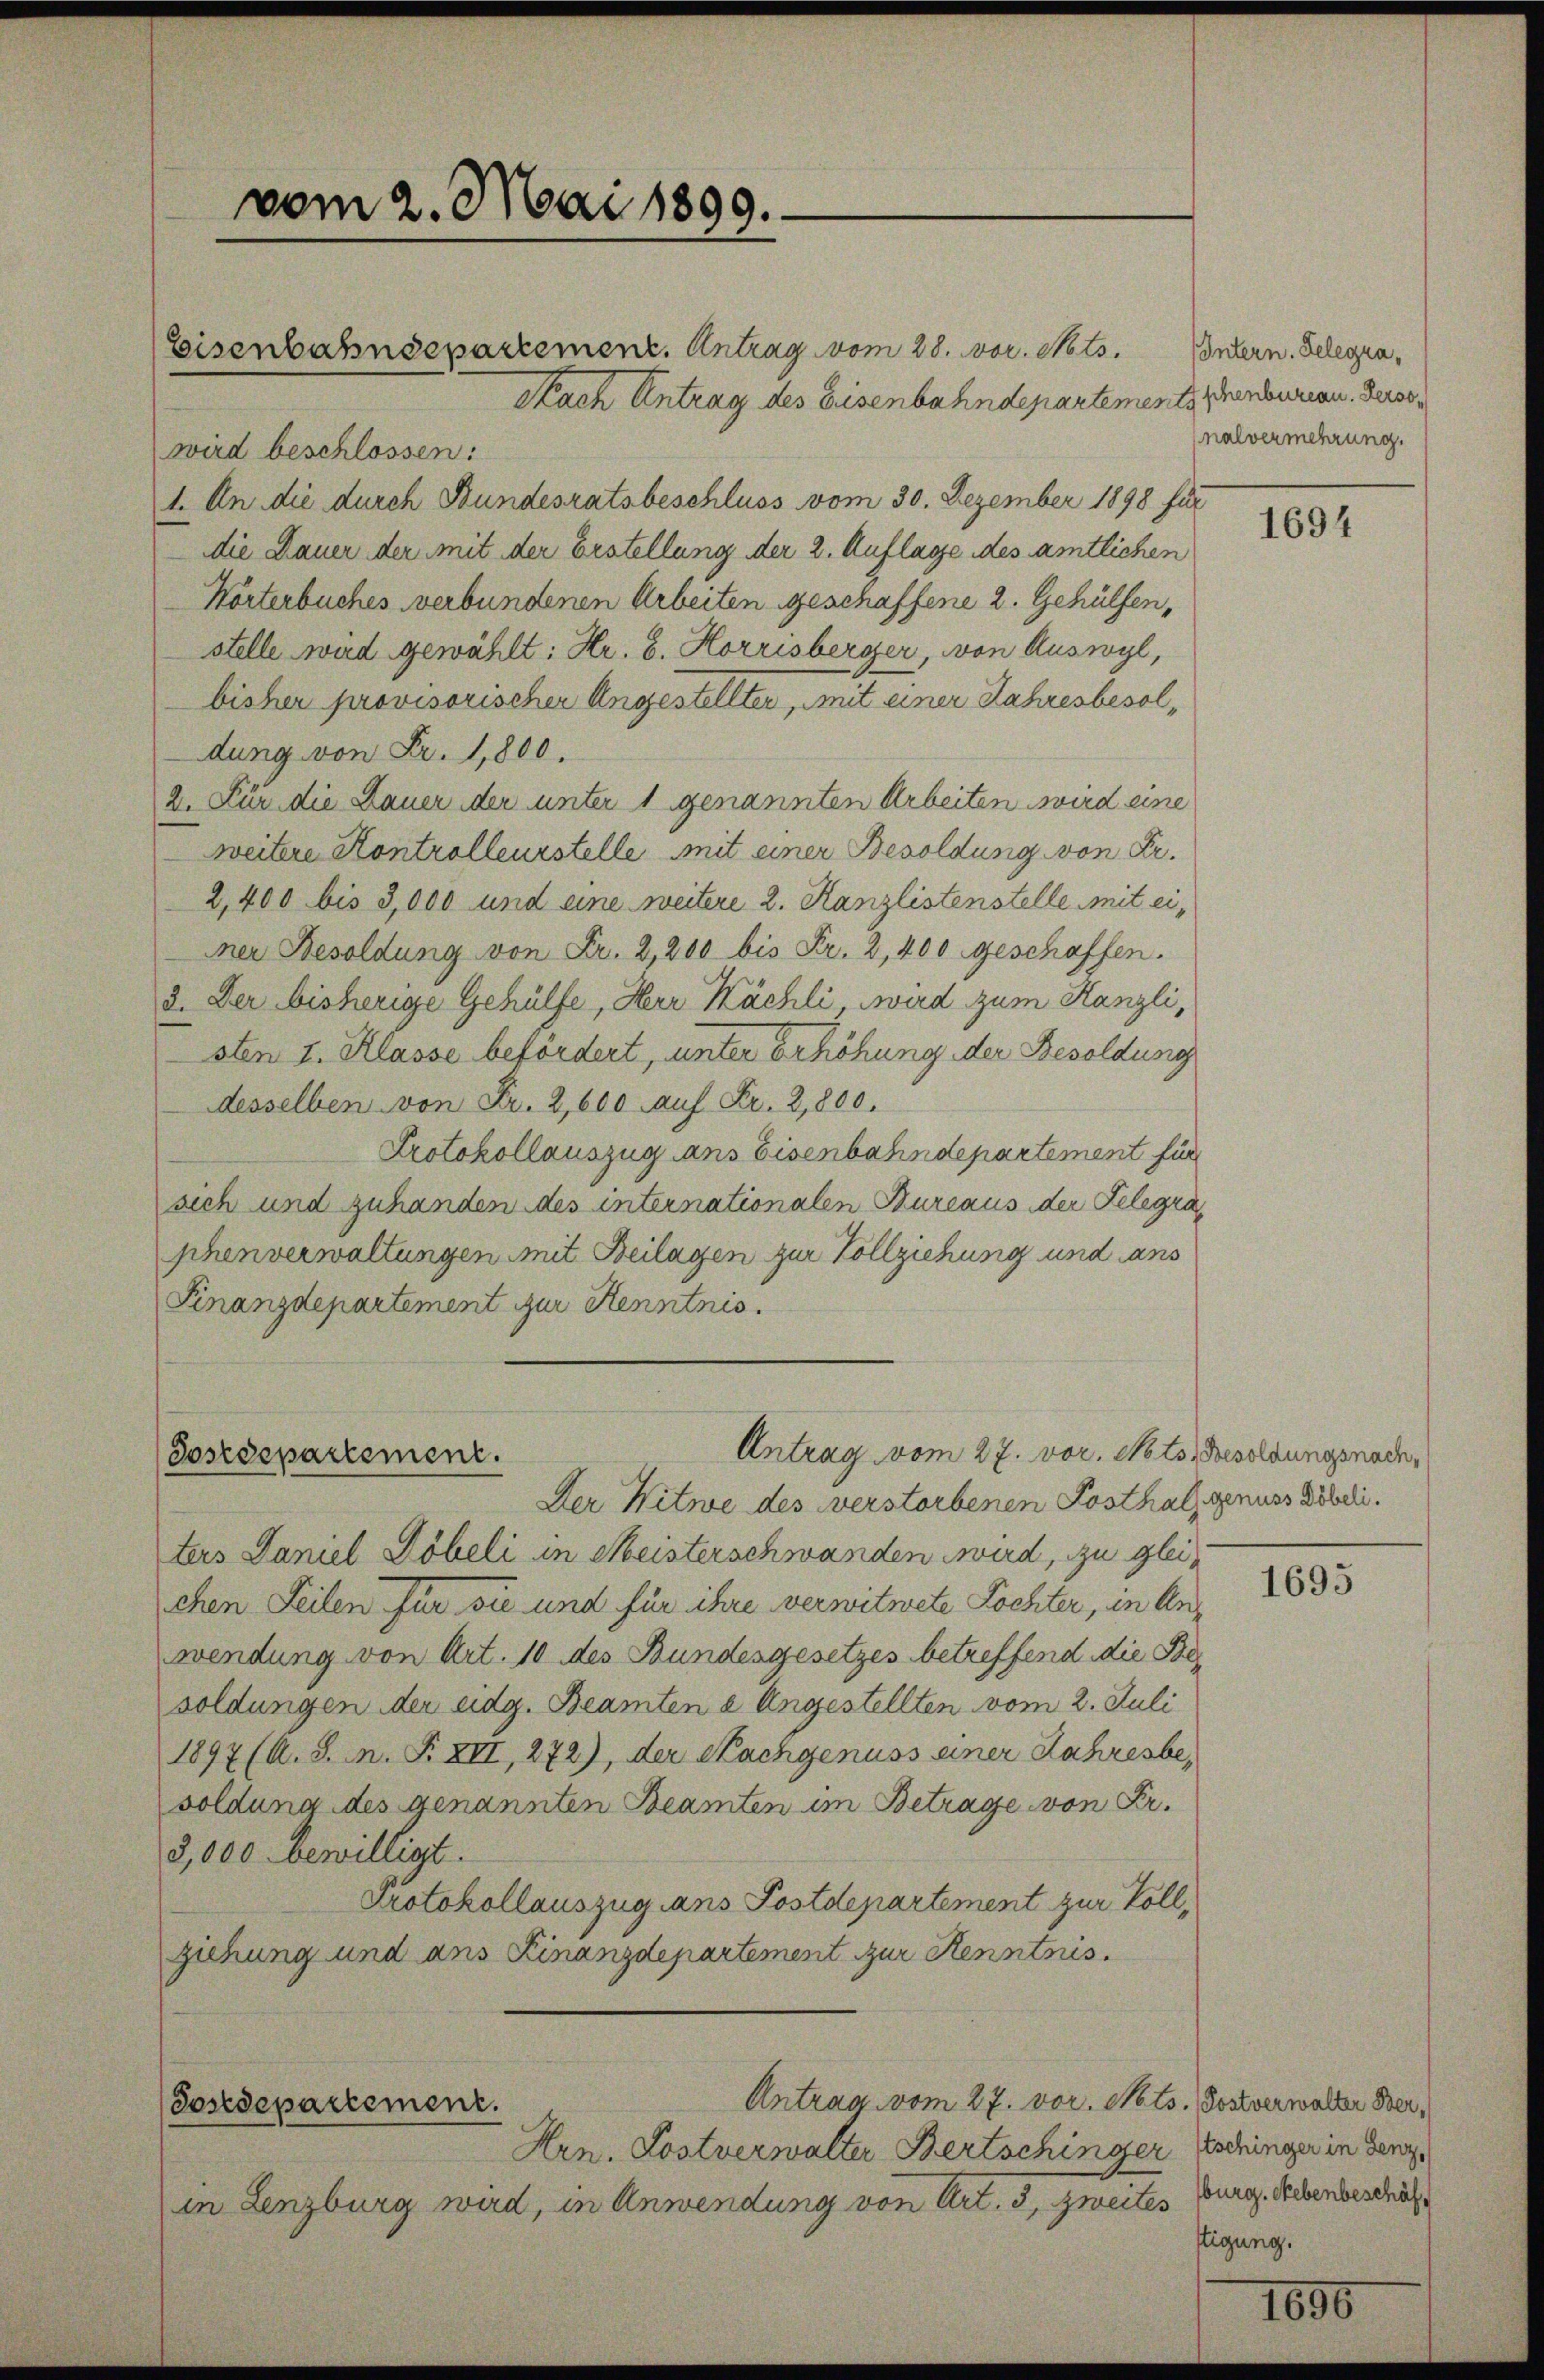
Eisenbahndepartemen. Antrag vom 28. vor. Nots.
Nach Antrag des Eisenbahndepartementschenbureau. Derse
wird beschlossen:
1. An die durch Bundesratsbeschluss vom 30. Dezember 1898 für
die Dauer der mit der Erstellung der 2. Auflage des amtlichen
Worterbuches verbundenen Arbeiten geschaffene 2. Gehülfen,
stelle wird gewählt: Hr. C. Horrisberger, von Auswyl,
bisher provisorischer Angestellter, mit einer Jahresbesoldung von Fr. 1,800,
2. Für die Dauer der unter 1 genannten Arbeiten wird eine
weitere Kontrolleurstelle mit einer Besoldung von Fr.
2,400 bis 3,000 und eine weitere 2. Kanzlistenstelle mit einer Besoldung von Fr. 2,200 bis Fr. 2,400 geschaffen.
3. Der bisherige Gehülfe, Herr Kächli, wird zum Kanzli,
sten I. Klasse befördert, unter erhöhung der Besoldung
desselben von Fr. 2,600 auf Fr. 2,800.
Protokollauszug ans Eisenbahndepartement für
sich und zuhanden des internationalen Bureaus der Gelegra
phenverwaltungen mit Beilagen zur Vollziehung und ans
Finanzdepartement zur Kenntnis.

vom 2. Mai 1899.

Antrag vom 27. vor. Nots Besoldungsnach¬
Postdepartement.

Der Witwe des verstorbenen Posthal, genuss Döbdi.
ters Daniel Döbeli in Meisterschwanden wird, zu gleichen Teilen für sie und für ihre verwitwete Tochter, in Anwendung von Art. 10 des Bundesgesetzes betreffend die Besoldungen der eidg. Beamten e Angestellten vom 2. Juli
1897 (A. S. n. F. XII, 272), der Nachgenuss einer Jahresbesoldung des genannten Beamten im Betrage von Fr.
3,000 bewilligt.
Protokollauszug ans Postdepartement zur Vollziehung und ans Finanzdepartement zur Kenntnis.

Antrag vom 27. vor. Mts. Sostverwalter Ber¬
(Postdepartement.

Hrn. Postverwalter Bertschinger Eschinger in den
in Lenzburg wird, in Anwendung von Art. 3, zweites

Intern. Gelegranalvermehrung.

1694

1695

burg. Nebenbeschäf
ttigung.

1656